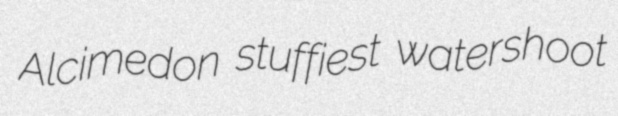
Alcimedon stuffiest watershoot